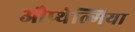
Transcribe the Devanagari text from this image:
औप्थेल्मिया